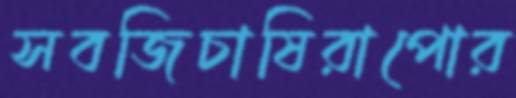
সবজিচাষিরাপোর